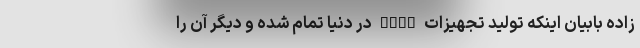
زاده بابیان اینکه تولید تجهیزات VDSL در دنیا تمام شده و دیگر آن را